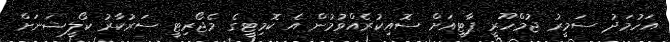
އަހުމަދު ސަމީރު ޖުމްހޫރީ ޕާޓީއަށް ސޮއިކުރެއްވުމުން އެ ކޮމިޓީގެ މެޖޯރިޓީ ސަރުކާރު ކޯލީޝަނަށް